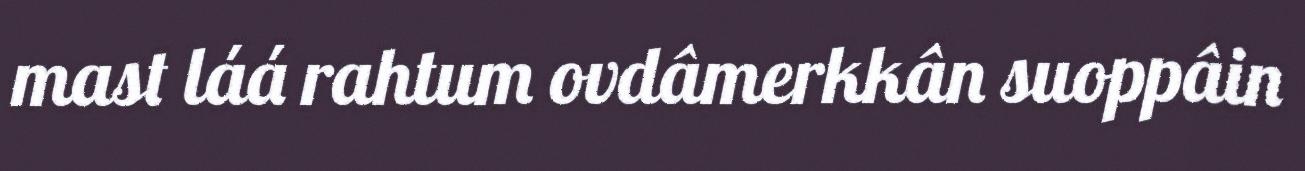
mast láá rahtum ovdâmerkkân suoppâin